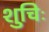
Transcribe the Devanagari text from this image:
शुचिः